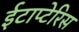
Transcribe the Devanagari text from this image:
ईटाप्टेरिस